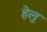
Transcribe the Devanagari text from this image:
हेलु